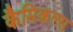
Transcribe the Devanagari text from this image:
कैमिकल्‍स